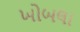
ખોબલા